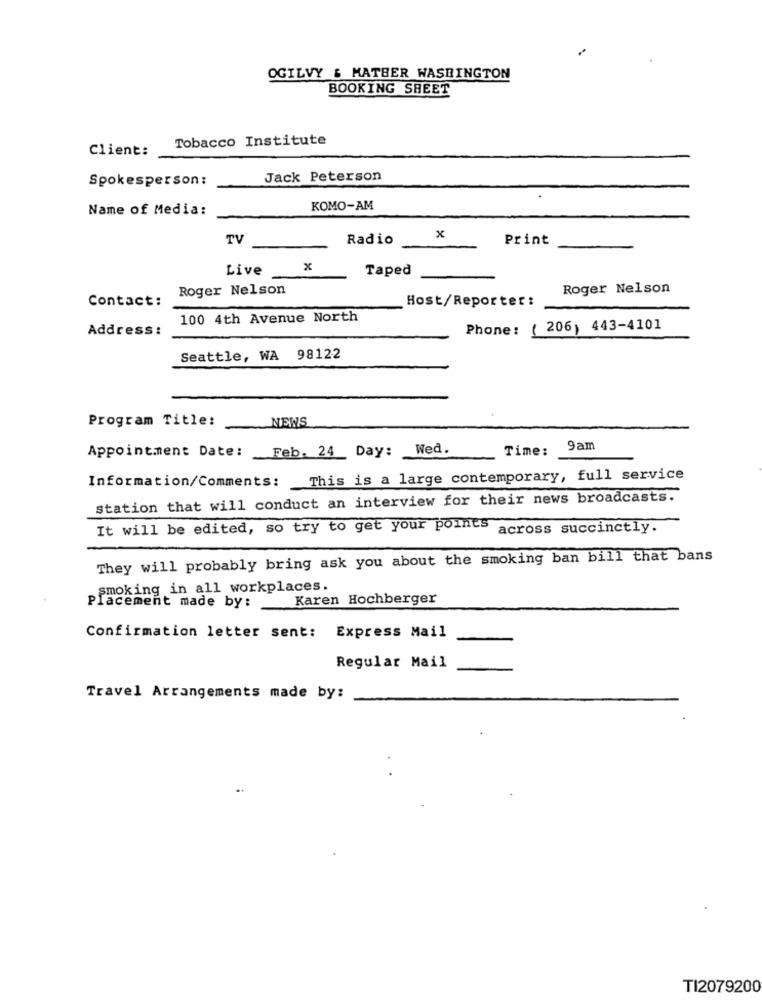
OGILVY & MATHER WASHINGTON
BOOKING SHEET
Tobacco Institute
Client:
Spokesperson:
Jack Peterson
Name of Media:
KOMO-AM
TV
Radio
x
Print
Live
x
Taped
Roger Nelson
Roger Nelson
Contact:
_Host/Reporter:
100 4th Avenue North
Address:
Phone :
( 206) 443-4101
Seattle, WA 98122
Program Title:
NEWS
Feb. 24 Day: Wed.
Time:
9am
Appointment Date:
Information/Comments: This is a large contemporary, full service
station that will conduct an interview for their news broadcasts.
It will be edited, so try to get your points
across succinctly.
They will probably bring ask you about the smoking ban bill that bans
smoking in all workplaces.
Karen Hochberger
Placement made by:
Confirmation letter sent: Express Mail
Regular Mail
Travel Arrangements made by:
TI2079200